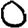
Digit: 0